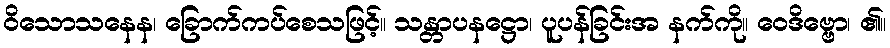
ဝိသောသနေန၊ ခြောက်ကပ်စေသဖြင့်။ သန္တာပနဋ္ဌော၊ ပူပန်ခြင်းအ နက်ကို။ ဝေဒိဗ္ဗော၊ ၏။